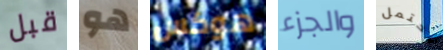
قبل هو هوكس والجزء تحتمل